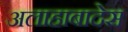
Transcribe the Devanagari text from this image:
अलाहाबादेस